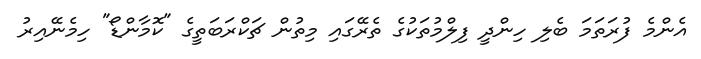
އެންމެ ފުރަތަމަ ބެލި ހިންދީ ފިލްމުތަކުގެ ތެރޭގައި މިތުން ޗަކްރަބަތީގެ "ކޮމާންޑޯ" ހިމެނޭއިރު